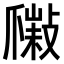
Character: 𤔮